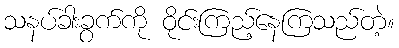
သနပ်ခါးခွက်ကို ဝိုင်းကြည့်နေကြသည်တဲ့။